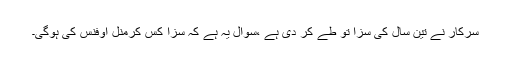
سرکار نے تین سال کی سزا تو طے کر دی ہے ،سوال یہ ہے کہ سزا کس کرمنل اوفنس کی ہوگی۔